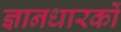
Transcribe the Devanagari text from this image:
ज्ञानधारकों